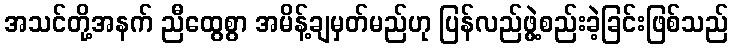
အသင်တို့အနက် ညီထွေစွာ အမိန့်ချမှတ်မည်ဟု ပြန်လည်ဖွဲ့စည်းခဲ့ခြင်းဖြစ်သည်